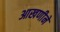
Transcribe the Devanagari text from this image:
आखणीने